Vaccination in the Punjab 1905-1918 - 1905-1918
Year: 1905
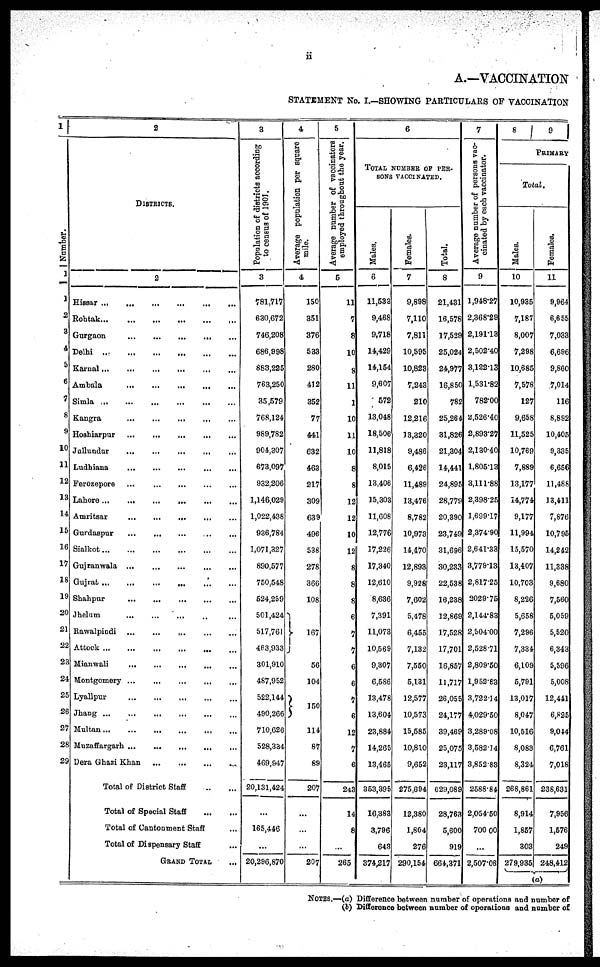
ii
A.—VACCINATION
STATEMENT No. I.—SHOWING PARTICULARS OF VACCINATION
1
Number.
1
1
2
3
4
5
6
7
8
9
10
11
12
13
14
15
16
17
18
19
20
21
22
23
24
25
26
27
28
29
2
DISTRICTS.
2
Hissar
...
...
...
...
...
...
Rohtak
...
...
...
...
...
...
Gurgaon ... ... ... ... ... ...
Delhi
...
...
...
...
...
...
Karnal
...
...
...
...
...
...
Ambála
...
...
...
...
...
...
Simla
...
...
...
...
...
...
Kangra
...
...
...
...
...
...
Hoshiarpur ... ... ... ... ... ...
Jullundur
...
...
...
...
...
...
Ludhiana
...
...
...
...
...
...
Ferozepore
...
...
...
...
...
...
Lahore
...
...
...
...
...
...
Amritsar ... ... ... ... ... ...
Gurdaspur
...
...
...
...
...
...
Sialkot ... ... ... ... ... ...
Gujranwala
...
...
...
...
...
...
Gujrat
...
...
...
...
...
...
Shahpur
...
...
...
...
...
...
Jhelum ... ... ... ... ... ...
Rawalpindi ... ... ... ... ... ...
Attock
...
...
...
...
...
...
Mianwali
...
...
...
...
...
...
Montgomery
...
...
...
...
...
...
Lyallpur
...
...
...
...
...
...
Jhang
...
...
...
...
...
...
Multan ... ... ... ... ... ...
Muzaffargarh ... ... ... ... ... ...
Dera Ghazi Khan ... ... ... ...
Total of District Staff
...
...
Total of Special Staff
...
...
Total of Cantonment Staff ...
Total of Dispensary Staff ...
GRAND TOTAL ...
3
Population of districts according
to census of 1901.
3
781,717
630,672
746,208
686,998
883,225
763,250
35,579
768,124
989,782
904,307
673,097
932,206
1,146,029
1,022,438
936,784
1,071,327
890,577
750,548
524,259
501,424
517,761
463,933
301,910
487,952
522,144
490,266
710,626
528,334
469,947
20,131,424
...
165,446
...
20,296,870
4
Average population per square
mile.
4
150
351
376
533
280
412
352
77
441
632
463
217
309
639
496
538
278
366
108
167
56
104
150
114
87
89
207
...
...
...
207
5
Average number of vaccinators
employed throughout the year.
5
11
7
8
10
8
11
1
10
11
10
8
8
12
12
10
12
8
8
8
6
7
7
6
6
7
6
12
7
6
243
14
8
...
265
6
TOTAL NUMBER OF PER¬
SONS VACCINATED.
Males.
6
11,533
9,468
9,718
14,429
14,154
9,607
572
13,048
18,506
11,818
8,015
13,406
15,303
11,608
12,776
17,226
17,340
12,610
8,636
7,391
11,073
10,569
9,307
6,586
13,478
13,604
23,884
14,265
13,465
353,395
16,383
3,796
643
374,217
Females.
7
9,898
7,110
7,811
10,595
10,823
7,243
210
12,216
13,320
9,486
6,426
11,489
13,476
8,782
10,973
14,470
12,893
9,928
7,602
5,478
6,455
7,132
7,550
5,131
12,577
10,573
15,585
10,810
9,652
275,694
12,380
1,804
276
290,154
Total.
8
21,431
16,578
17,529
25,024
24,977
16,850
782
25,264
31,826
21,304
14,441
24,895
28,779
20,390
23,749
31,696
30,233
22,538
16,238
12,869
17,528
17,701
16,857
11,717
26,055
24,177
39,469
25,075
23,117
629,089
28,763
5,600
919
664,371
7
Average number of persons vac-
cinated by each vaccinator.
9
1,948.27
2,368.29
2,191.13
2,502.40
3,122.13
1,531.82
782.00
2,526.40
2,893.27
2,130.40
1,805.13
3,111.88
2,398.25
1,699.17
2,374.90
2,641.33
3,779.13
2,817.25
2,029.75
2,144.83
2,504.00
2,528.71
2,809.50
1,952.83
3,722.14
4,029.50
3,289.08
3,582.14
3,852.83
2,588.84
2,054.50
700.00
...
2,507.06
8
9
PRIMARY
Total.
Males.
10
10,935
7,187
8,007
7,298
10,685
7,578
127
9,658
11,525
10,769
7,889
13,177
14,774
9,177
11,994
15,570
13,407
10,703
8,226
5,658
7,296
7,334
6,109
5,791
13,017
8,047
10,516
8,083
8,324
268,861
8,914
1,857
303
279,935
Females.
11
9,964
6,655
7,033
6,696
9,860
7,014
116
8,892
10,405
9,335
6,656
11,488
13,411
7,876
10,795
14,242
11,338
9,680
7,560
5,059
5,520
6,343
5,596
5,008
12,441
6,825
9,044
6,761
7,018
238,631
7,956
1,576
249
248,412
(a)
NOTES.—(a) Difference between number of operations and number of
(b) Difference between number of operations and number of